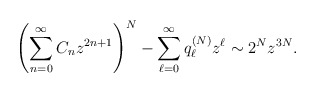
\begin{align*}\left( \sum_{n=0}^{\infty} C_{n} z^{2n+1} \right)^{N} - \sum_{\ell=0}^{\infty} q_{\ell}^{(N)}z^{\ell} \sim 2^{N} z^{3N}.\end{align*}